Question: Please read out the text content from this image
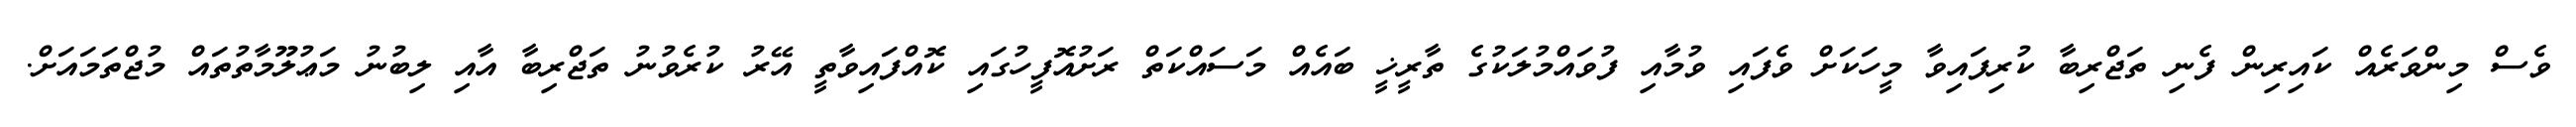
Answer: ވެސް މިންވަރެއް ކައިރިން ފެނި ތަޖްރިބާ ކުރިފައިވާ މީހަކަށް ވެފައި ވުމާއި ފުވައްމުލަކުގެ ތާރީޚީ ބައެއް މަސައްކަތް ރަށުއޮފީހުގައި ކޮއްފައިވާތީ އޭރު ކުރެވުނު ތަޖްރިބާ އާއި ލިބުނު މަޢުލޫމާތުތައް މުޖްތަމައަށް.